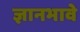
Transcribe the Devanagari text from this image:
ज्ञानभावे